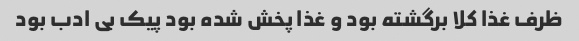
ظرف غذا کلا برگشته بود و غذا پخش شده بود پیک بی ادب بود